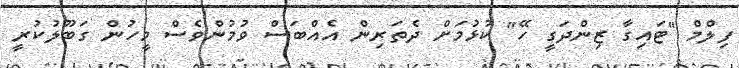
ފިލްމް "ޓައިގާ ޒިންދަގީ ހޭ" ކުޅުމަށް ދެތަރިން އެއްބަސް ވުމުންވެސް މީހުން ގަބޫލުކުރީ